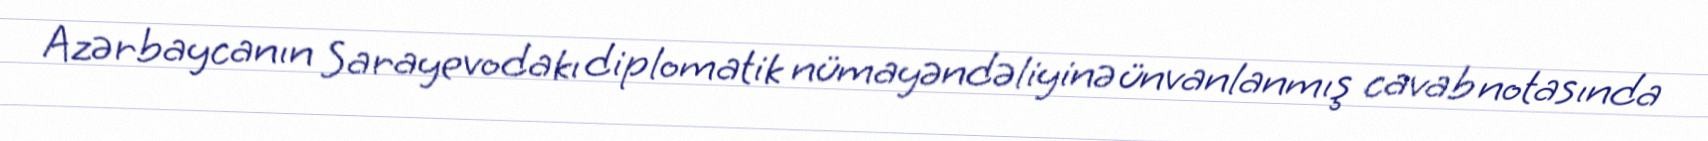
Azərbaycanın Sarayevodakı diplomatik nümayəndəliyinə ünvanlanmış cavab notasında